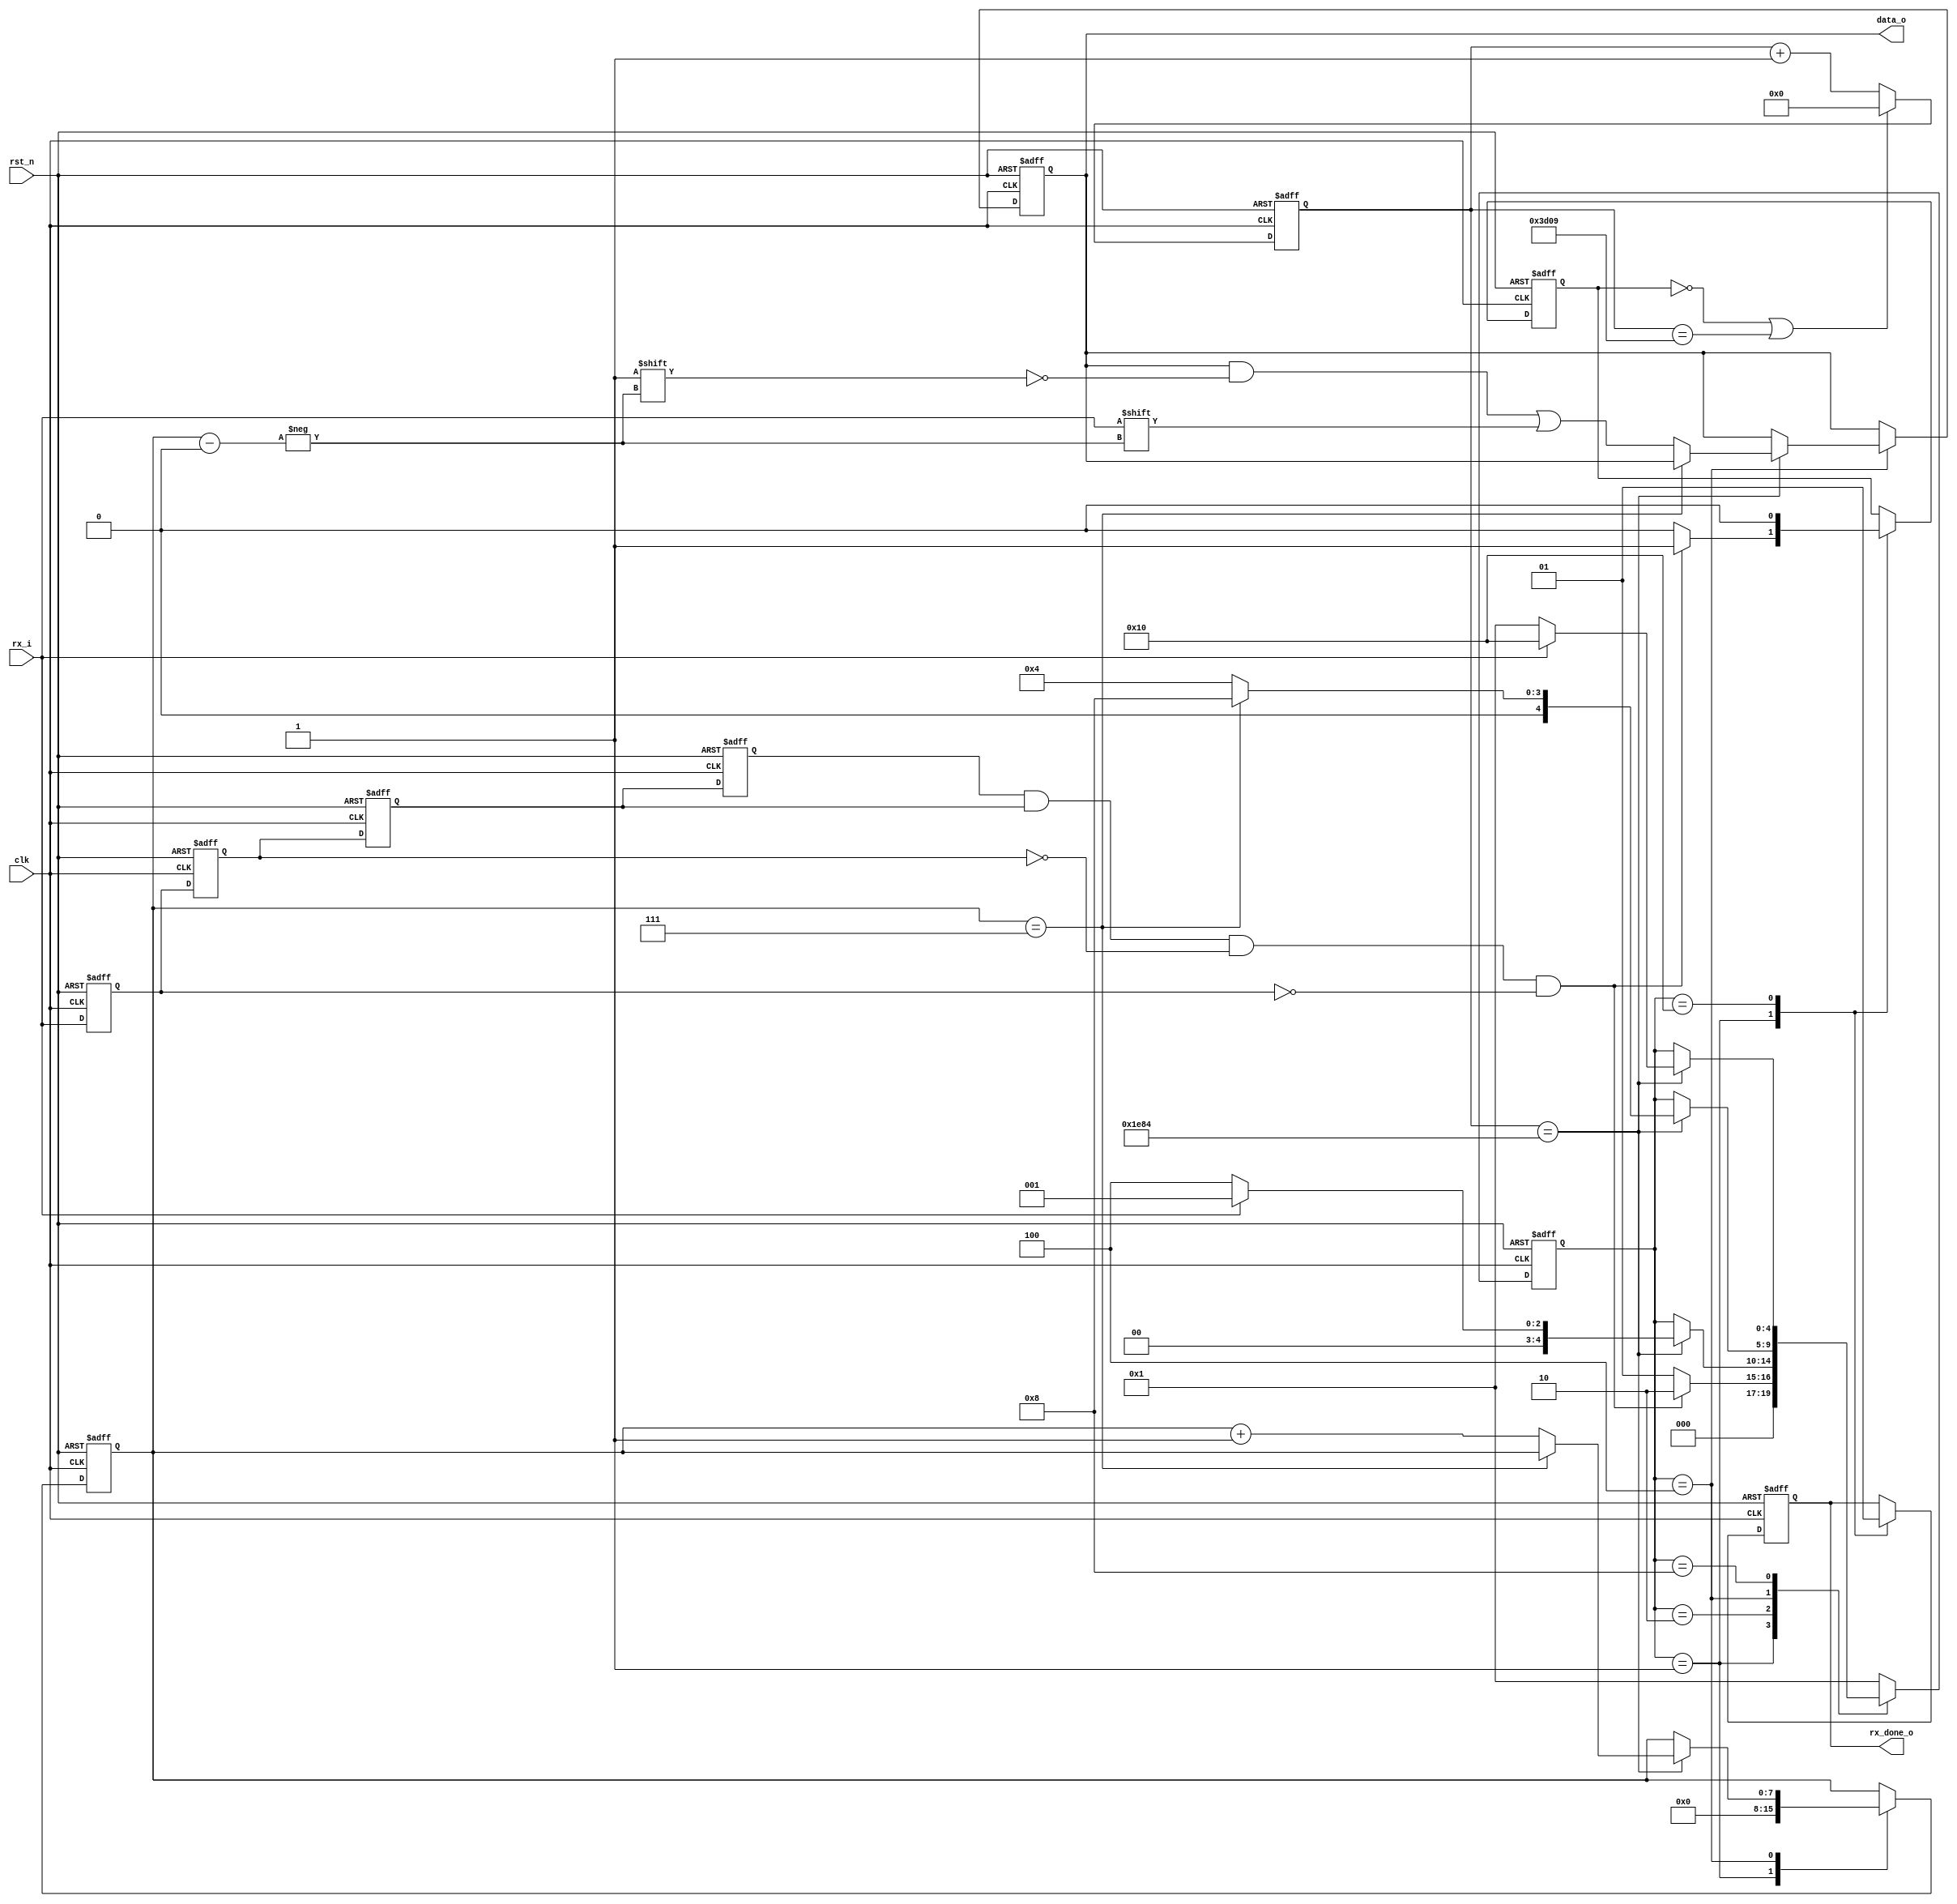
`timescale 1ns / 1ps
//////////////////////////////////////////////////////////////////////////////////
// Company: 
// Engineer: 
// 
// Design Name: 
// Module Name: uart_rx
// Project Name: 
// Target Devices: 
// Tool Versions: 
// Description: 
// 
// Dependencies: 
// 
// Revision:
// Revision 0.01 - File Created
// Additional Comments:
// 
//////////////////////////////////////////////////////////////////////////////////

module uart_rx(
	input clk,
	input rst_n,
	input rx_i,
	output reg [7:0] data_o,
	output reg rx_done_o
);

localparam s_idle = 5'b00001,
            s_start = 5'b00010,
            s_rd = 5'b00100,
            s_stop = 5'b01000,
            s_done = 5'b10000;

//This is for realtime
localparam t_1_bit = 15625;
localparam t_half_1_bit = 7812;

//This is for simulation
//localparam t_1_bit = 9;
//localparam t_half_1_bit = 4;

reg en_cnt;
reg [15:0] cnt;
reg [4:0] state;
reg [7:0] rx_bits;

always @(posedge clk or negedge rst_n)
	if(!rst_n)
		cnt <= 16'd0;
	else if ((en_cnt == 0) || (cnt == t_1_bit))
		cnt <= 16'd0;
	else
		cnt <= cnt + 16'd1;

reg rx_0, rx_1, rx_2, rx_3;

always @(posedge clk or negedge rst_n)
	if (!rst_n) begin
		rx_0 <= 1'b0;
		rx_1 <= 1'b0;
		rx_2 <= 1'b0;
		rx_3 <= 1'b0;
	end else begin
		rx_3 <= rx_i;
		rx_2 <= rx_3;
		rx_1 <= rx_2;
		rx_0 <= rx_1;
	end

wire start_flag;
assign start_flag = rx_0 & rx_1 & (~rx_2) & (~rx_3);

always @(posedge clk or negedge rst_n)
	if (!rst_n) begin
		state <= s_idle;
		en_cnt <= 1'b0;
		data_o <= 8'd0;
		rx_bits <= 8'd0;
		rx_done_o <= 1'b0;
	end else begin
		case(state)
			s_idle:
				begin
					rx_bits <= 8'd0;
					rx_done_o <= 1'b0;

					if (start_flag) begin
						en_cnt <= 1'b1;
						state <= s_start;
					end else begin
						en_cnt <= 1'b0;
						state <= s_idle;
					end
				end
			
			s_start:
				if (cnt == t_half_1_bit)
					if (rx_i == 1'b0)
						state <= s_rd;
					else
						state <= s_idle;
			
			s_rd:
				if (cnt == t_half_1_bit)
					if (rx_bits == 8'd7)
						state <= s_stop;
					else begin
						data_o[rx_bits] <= rx_i;
						rx_bits <= rx_bits + 8'd1;
						state <= s_rd;
					end

			s_stop:
				if (cnt == t_half_1_bit)
				begin
					if (rx_i == 1)
						state <= s_done;
					else
						state <= s_idle;
                end
			s_done:
				begin
					en_cnt <= 1'b0;
					rx_done_o <= 1'b1;
					state <= s_idle;
				end
			default: state <= s_idle;
		endcase
	end
endmodule